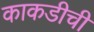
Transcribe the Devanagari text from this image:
काकडीची